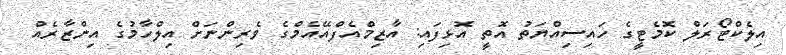
އިލެކްޓޯރަލް ކޮމެޓީގެ ހައިސިއްޔަތު އޮތީ އޮޅިފައި: އާޒިމްއެފްއޭއެމްގެ ވެރިންނަށް އިލްހާމުގެ އިންޒާރެއް